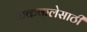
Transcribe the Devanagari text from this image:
पाककलेसाठी